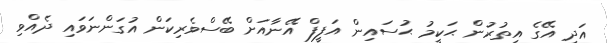
އަދި އޭގެ އިތުރުން ޙަކީމު ޙުސައިން އަފީފް އޭނާއަށް ބޭސްވެރިކަން އުގަންނަވައި ދެއްވި